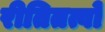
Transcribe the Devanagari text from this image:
रीतितत्वों